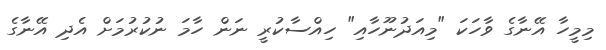
މިމީހާ އޭނާގެ ވާހަކަ "މިއަދުނޫހާއި" ހިއްސާކުރީ ނަން ހާމަ ނުކުރުމަށް އެދި އޭނާގެ